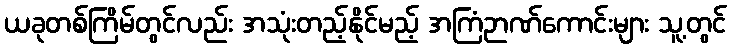
ယခုတစ်ကြိမ်တွင်လည်း အသုံးတည့်နိုင်မည့် အကြံဉာဏ်ကောင်းများ သူ့တွင်